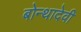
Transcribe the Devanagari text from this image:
बोन्थादेवी